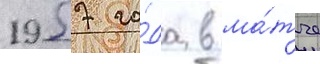
1957 го́да в ма́тче